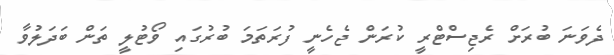
ދެވަނަ ބުރަށް ރެޖިސްޓްރީ ކުރަން ޖެހެނީ ފުރަތަމަ ބުރުގައި ވޯޓުލީ ތަން ބަދަލުވާ